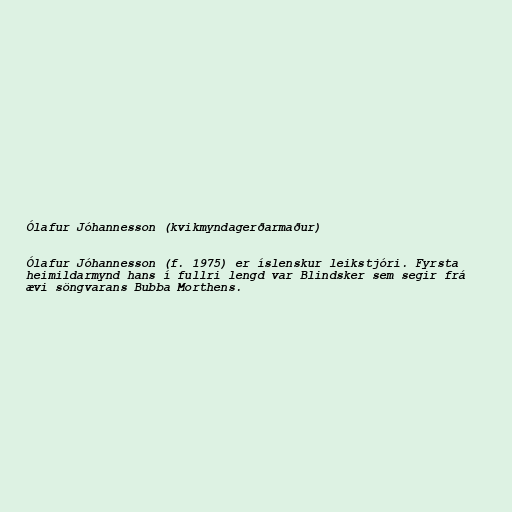
Ólafur Jóhannesson (kvikmyndagerðarmaður)

Ólafur Jóhannesson (f. 1975) er íslenskur leikstjóri. Fyrsta
heimildarmynd hans í fullri lengd var Blindsker sem segir frá
ævi söngvarans Bubba Morthens.